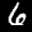
Label: 6